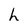
Character: h